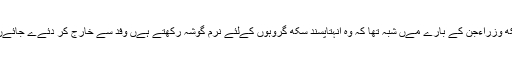
نئی دلی نے وفد سے مطالبہ کےا تھا کہ کنےڈےن سکھ وزراءجن کے بارے مےں شبہ تھا کہ وہ انہتاپسند سکھ گروہوں کےلئے نرم گوشہ رکھتے ہےں وفد سے خارج کر دئےے جائےں، اٹاوہ نے اےسا کچھ بھی کرنے سے انکار کر دےا۔